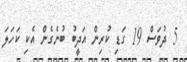
5 ދުވަސް 19 ގަޑި ކުރިން އަދީބު ބުނެގެން އެކި ކަހަލަ